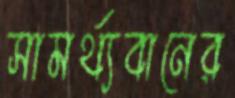
সামর্থ্যবানের